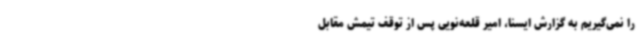
را نمی‌گیریم به گزارش ایسنا، امیر قلعه‌نویی پس از توقف تیمش مقابل